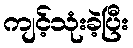
ကျင့်သုံးခဲ့ပြီး